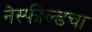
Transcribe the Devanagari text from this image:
नेस्फील्डचा